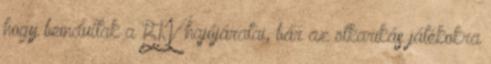
hogy beindultak a BKV hajójáratai, bár az ötkarikás játékokra